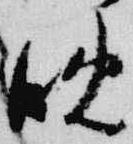
晩